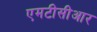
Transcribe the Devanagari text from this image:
एमटीसीआर